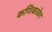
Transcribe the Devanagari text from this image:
कणिकावेग